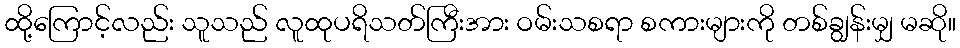
ထို့ကြောင့်လည်း သူသည် လူထုပရိသတ်ကြီးအား ဝမ်းသစရာ စကားများကို တစ်ချွန်းမျှ မဆို။